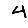
Digit: 4